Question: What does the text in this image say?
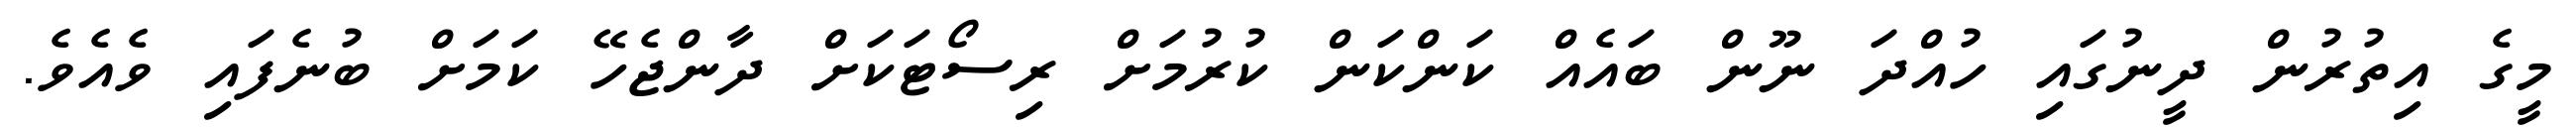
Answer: މީގެ އިތުރުން ދީނުގައި ހުއްދަ ނޫން ބައެއް ކަންކަން ކުރުމަށް ރިސޯޓަކަށް ދާންޖެހޭ ކަމަށް ބުނެފައި ވެއެވެ.